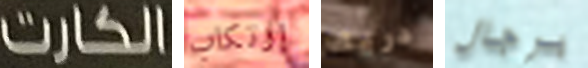
الكارت إرتكاب دريك برجال